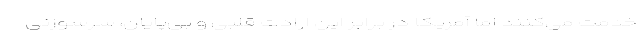
خدمت می‌کنند اما آمریکا در برابر این ارادت قلبی و بی‌پایان، سرسوزنی